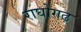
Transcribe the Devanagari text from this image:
राघोगढ़